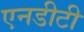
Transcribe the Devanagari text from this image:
एनडीटी